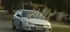
રાથર